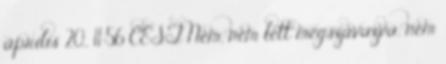
április 20., 11:56 CEST Nem, nem lett megszavazva, nem